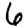
Digit: 6